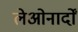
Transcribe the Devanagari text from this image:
लेओनार्दों